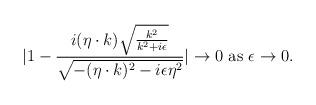
LaTeX: \begin{align*}|1-{i(\eta\cdot k)\sqrt{{k^2\over{k^2+i\epsilon}}}\over{\sqrt{-(\eta\cdot k)^2-i\epsilon\eta^2}}}|\to0 \ {\rm as}\ \epsilon\to0.\end{align*}